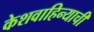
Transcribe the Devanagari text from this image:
केशवाहिन्याची